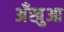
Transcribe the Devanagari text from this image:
अँखुआ